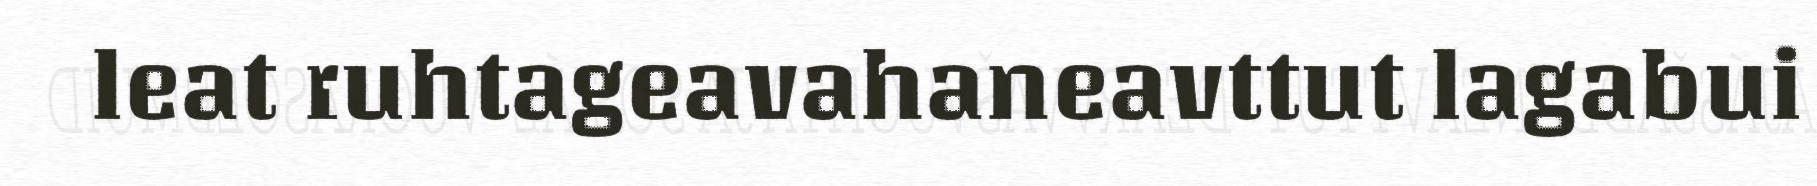
leat ruhtageavahaneavttut lagabui